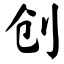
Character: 创